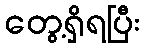
တွေ့ရှိရပြီး